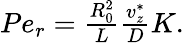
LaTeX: \begin{array}{r}{Pe_{r}=\frac{R_{0}^{2}}{L}\frac{v_{z}^{*}}{D}K.}\end{array}